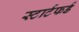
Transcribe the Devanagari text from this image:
स्टार्टफर्ड